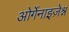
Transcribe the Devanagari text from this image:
ओर्गेनाइज़ेश्न